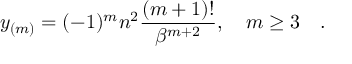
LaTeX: y _ { ( m ) } = ( - 1 ) ^ { m } n ^ { 2 } { \frac { ( m + 1 ) ! } { \beta ^ { m + 2 } } } , \quad m \ge 3 \quad .